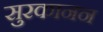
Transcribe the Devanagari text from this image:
सुरकानन